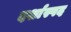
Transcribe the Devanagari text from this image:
दर्शास्पद